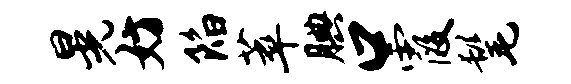
晃妨陷萃腆口霞髦